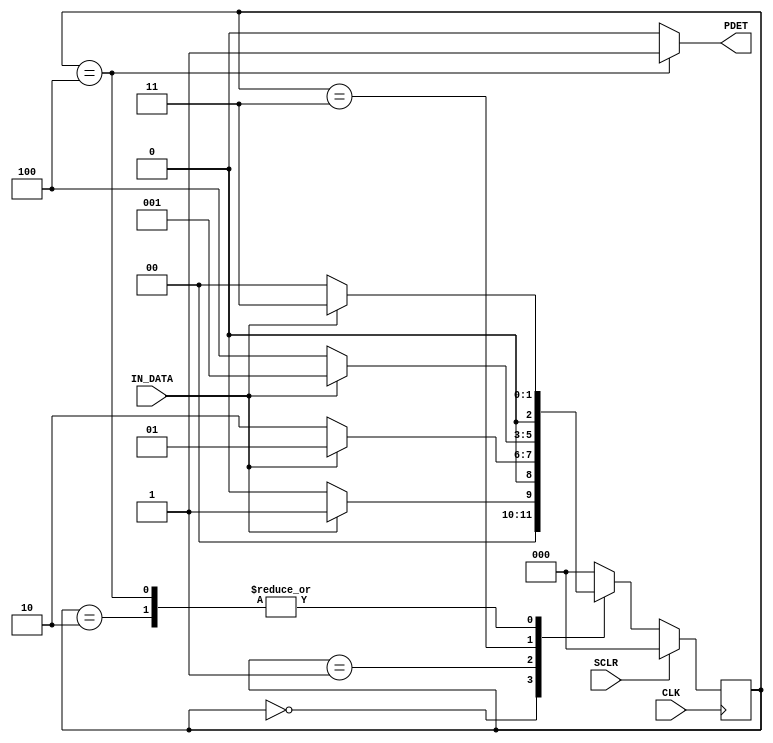
`timescale 1ns/1ps
module pattern_1010(
	input CLK,SCLR,
	input IN_DATA,
	output reg PDET
);

localparam  RST  = 3'b000,
					  G1   = 3'b001,
					  G10  = 3'b010,
					  G101 = 3'b011,
					  G1010= 3'b100;

reg [2:0]ps,ns;

always @(posedge CLK) begin
	if(SCLR)
		ps <= RST;
	else
		ps <= ns;
end

always @(ps,IN_DATA) begin
	case(ps)
		RST		:	begin
							if(IN_DATA) ns <= G1;
							else  ns <= RST;
						end
		G1		:	begin
							if(IN_DATA)	ns <= G1;
							else	ns <= G10;
						end
		G10		:	begin
							if(IN_DATA)	ns <= G101;
							else	ns <= RST;
						end
		G101	:	begin
							if(IN_DATA)	ns <= G1;
							else	ns <= G1010;
						end
		G1010	:	begin
							if(IN_DATA)	ns <= G101;
							else	ns <= RST;
						end
		default:	ns <= RST;	
	endcase
end

always @(ps) begin
	case(ps)
		G1010	:	PDET <= 1'b1;
		default :	PDET <= 1'b0;
	endcase
end

endmodule